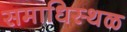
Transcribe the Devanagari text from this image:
समाधिस्‍थळ